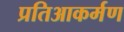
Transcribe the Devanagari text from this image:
प्रतिआकर्मण